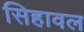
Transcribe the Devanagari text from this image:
सिहावल